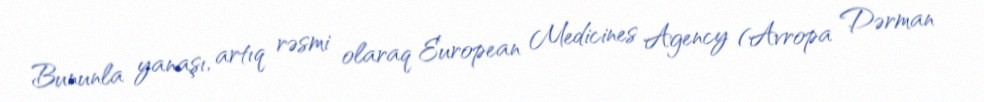
Bununla yanaşı, artıq rəsmi olaraq European Medicines Agency (Avropa Dərman